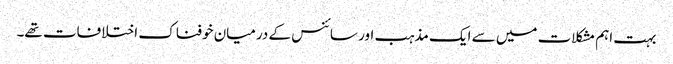
بہت اہم مشکلات میں سے ایک مذہب اور سائنس کے درمیان خوفناک اختلافات تھے۔